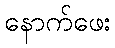
နောက်ဖေး